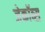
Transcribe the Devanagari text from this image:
जेकॉब्स